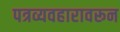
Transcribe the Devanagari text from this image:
पत्रव्यवहारावरून